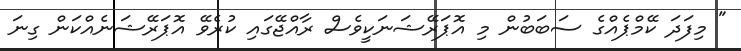
" މިފަދަ ކޭމްޕެއްގެ ސަބަބުން މި އޮޕަރޭޝަނަކީވެސް ރާއްޖޭގައި ކުރެވޭ އޮޕަރޭޝަނެއްކަން ގިނަ